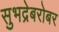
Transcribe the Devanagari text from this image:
सुभद्रेबरोबर